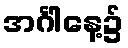
အင်္ဂါနေ့၌